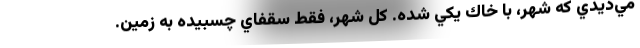
مي‌ديدي كه شهر، با خاك يكي شده. كل شهر، فقط سقفاي چسبيده به زمين.